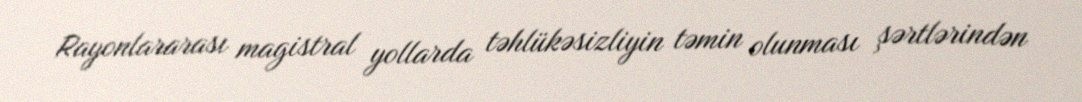
Rayonlararası magistral yollarda təhlükəsizliyin təmin olunması şərtlərindən